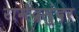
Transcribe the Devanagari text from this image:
रामेंद्रसुंदर